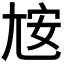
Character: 𰍮